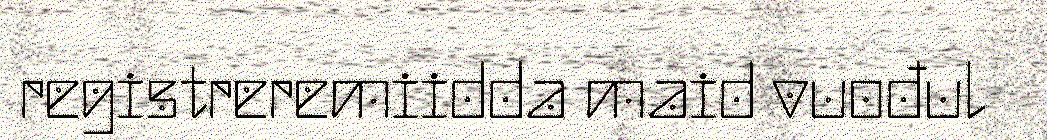
registreremiidda maid vuođul